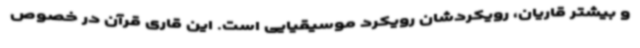
و بیشتر قاریان، رویکردشان رویکرد موسیقیایی است. این قاری قرآن در خصوص